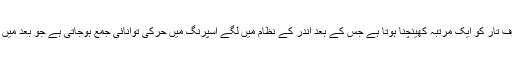
اس بار وزن باندھنے کی بجائے صرف تار کو ایک مرتبہ کھینچنا ہوتا ہے جس کے بعد اندر کے نظام میں لگے اسپرنگ میں حرکی توانائی جمع ہوجاتی ہے جو بعد میں بجلی کی صورت میں ڈھل جاتی ہے۔